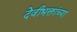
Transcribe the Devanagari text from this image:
देवीभक्तांच्या